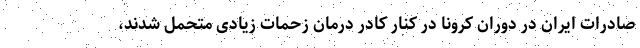
صادرات ایران در دوران کرونا در کنار کادر درمان زحمات زیادی متحمل شدند،